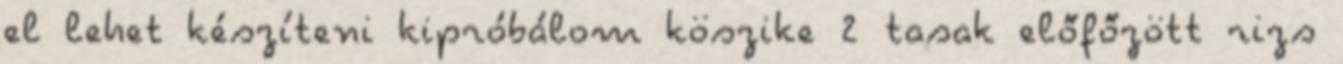
el lehet készíteni kipróbálom köszike 2 tasak előfőzött rizs